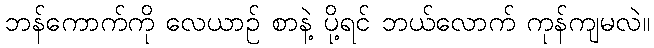
ဘန်ကောက်ကို လေယာဉ် စာနဲ့ ပို့ရင် ဘယ်လောက် ကုန်ကျမလဲ။